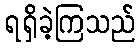
ရရှိခဲ့ကြသည်